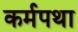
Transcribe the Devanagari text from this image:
कर्मपथा